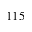
1 1 5